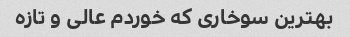
بهترین سوخاری که خوردم عالی و تازه